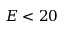
E < 2 0